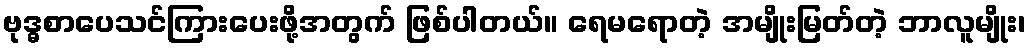
ဗုဒ္ဓစာပေသင်ကြားပေးဖို့အတွက် ဖြစ်ပါတယ်။ ရေမရောတဲ့ အမျိုးမြတ်တဲ့ ဘာလူမျိုး၊